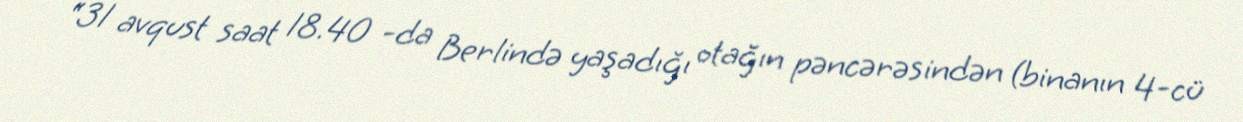
“31 avqust saat 18.40 -da Berlində yaşadığı otağın pəncərəsindən (binanın 4-cü